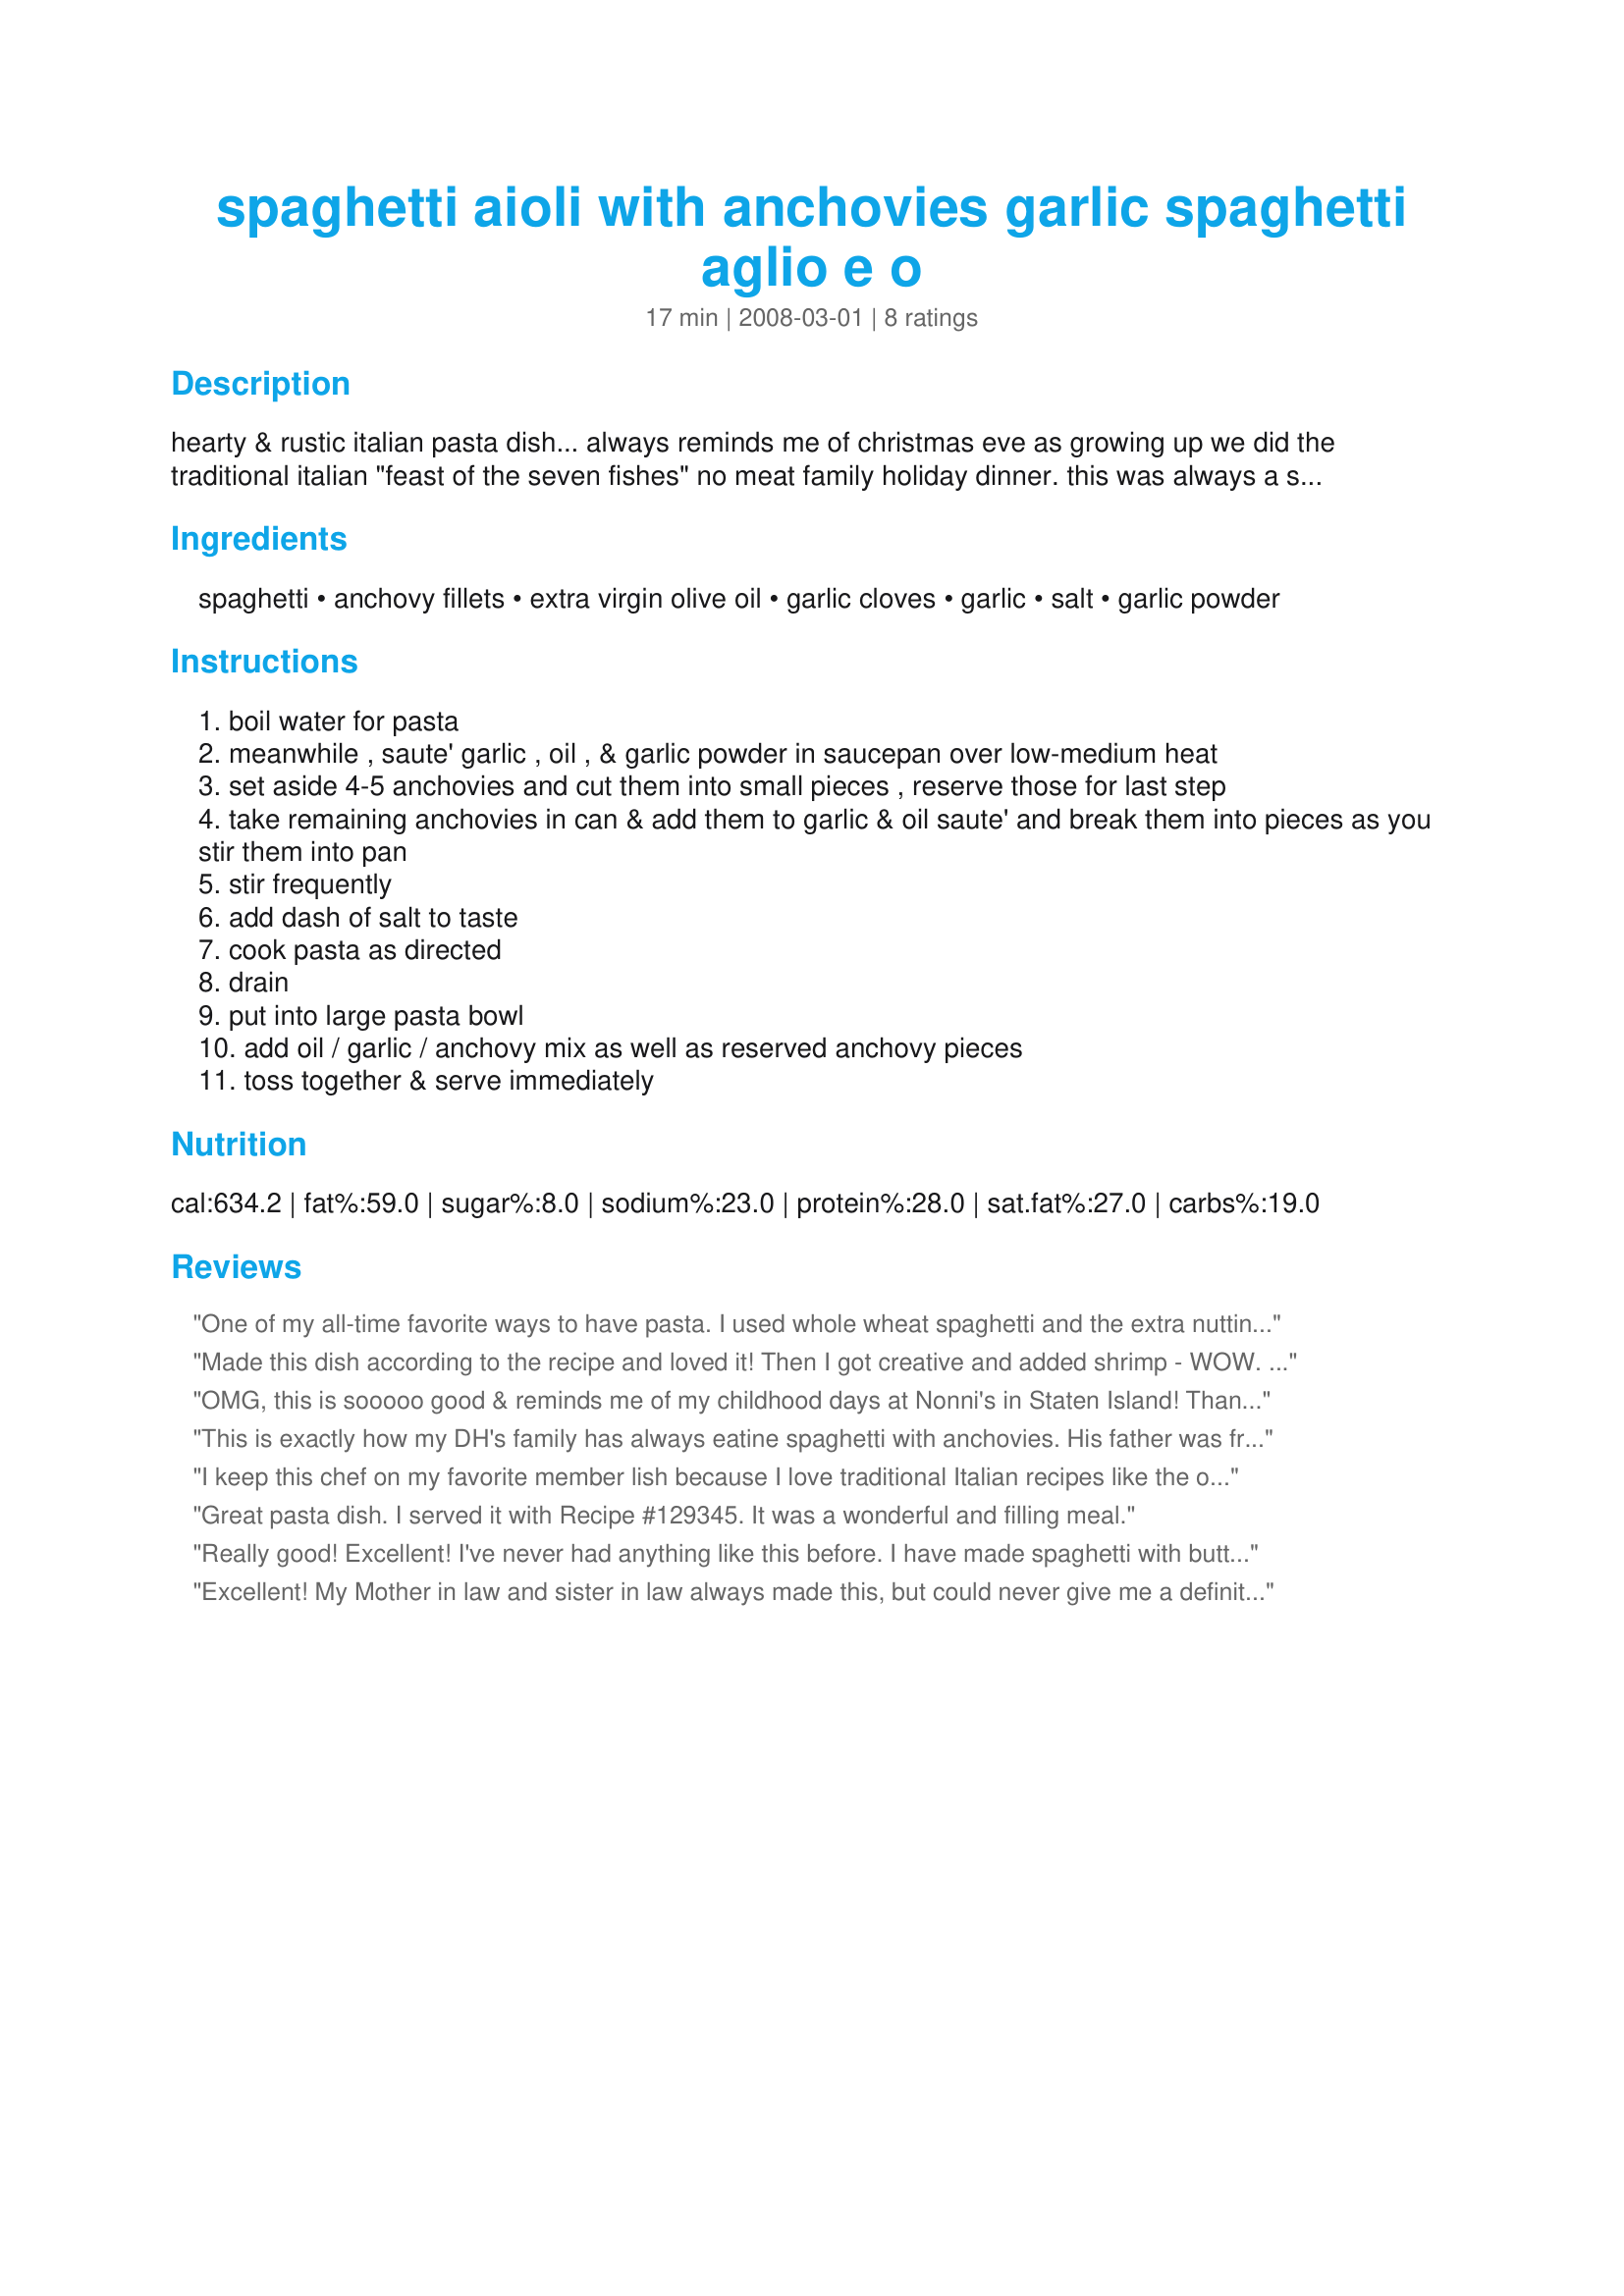
spaghetti aioli with anchovies garlic spaghetti aglio e o
Preparation time: 17 minutes

hearty & rustic italian pasta dish... always reminds me of christmas eve as growing up we did the traditional italian "feast of the seven fishes" no meat family holiday dinner. this was always a staple at that meal at my grandparents house. this is also a quick recipe for a friday during lent. it goes great served with a ceasar salad & garlic bread!

Ingredients:
spaghetti, anchovy fillets, extra virgin olive oil, garlic cloves, garlic, salt, garlic powder

Steps:
boil water for pasta
meanwhile , saute' garlic , oil , & garlic powder in saucepan over low-medium heat
set aside 4-5 anchovies and cut them into small pieces , reserve those for last step
take remaining anchovies in can & add them to garlic & oil saute' and break them into pieces as you stir them into pan
stir frequently
add dash of salt to taste
cook pasta as directed
drain
put into large pasta bowl
add oil / garlic / anchovy mix as well as reserved anchovy pieces
toss together & serve immediately

Reviews:
One of my all-time favorite ways to have pasta. I used whole wheat spaghetti and the extra nuttiness that imparted was excellent. This is simple, but elegant.
Made this dish according to the recipe and loved it! Then I got creative and added shrimp - WOW. Thanks, blondie.
OMG, this is sooooo good & reminds me of my childhood days at Nonni's in Staten Island! Thank you so much! I've added you to my favorite members & check back for new items, keep them coming! Every Italian needs to try this once!
This is exactly how my DH's family has always eatine spaghetti with anchovies. His father was from Verona, and eating at MIL's house is always wonderful. TY for posting.
I keep this chef on my favorite member lish because I love traditional Italian recipes like the ones she provides. THANKS!
Great pasta dish. I served it with Recipe #129345. It was a wonderful and filling meal.
Really good! Excellent! I've never had anything like this before. I have made spaghetti with butter and parmesan in it, this is soooo much better! Thank you!
Excellent! My Mother in law and sister in law always made this, but could never give me a definitive recipe. Now I can make this too! Thanks
